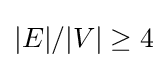
|E|/|V|\geq 4